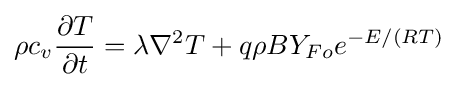
\rho c_{v}{\frac {\partial T}{\partial t}}=\lambda \nabla ^{2}T+q\rho BY_{Fo}e^{-E/(RT)}